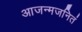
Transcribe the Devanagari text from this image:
आजन्मजनितं